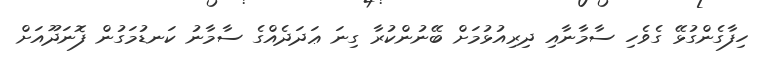
ހިފާގެންގުޅޭ ގެވެހި ސާމާނާއި ދިރިއުޅުމަށް ބޭނުންކުރާ ގިނަ ޢަދަދެއްގެ ސާމާނު ކަނޑުމަގުން ފޮނަދޫއަށް